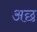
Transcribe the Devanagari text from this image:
अछ